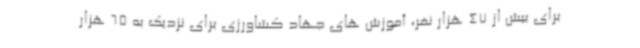
برای بیش از 47 هزار نفر، آموزش های جهاد کشاورزی برای نزدیک به 65 هزار